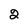
Character: 2